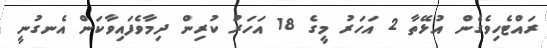
ރައްޓެހިވެގެން އުޅޭތާ 2 އަހަރު މީގެ 18 އަހަރު ކުރިން ދިމާވެފައިވާކަން އެނގުނީ